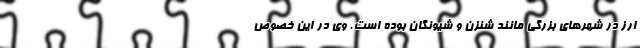
ارز در شهرهای بزرگی مانند شنزن و شیونگان بوده است. وی در این خصوص